Vaccination in Bombay 1889-1901 - 1889-1901
Year: 1889
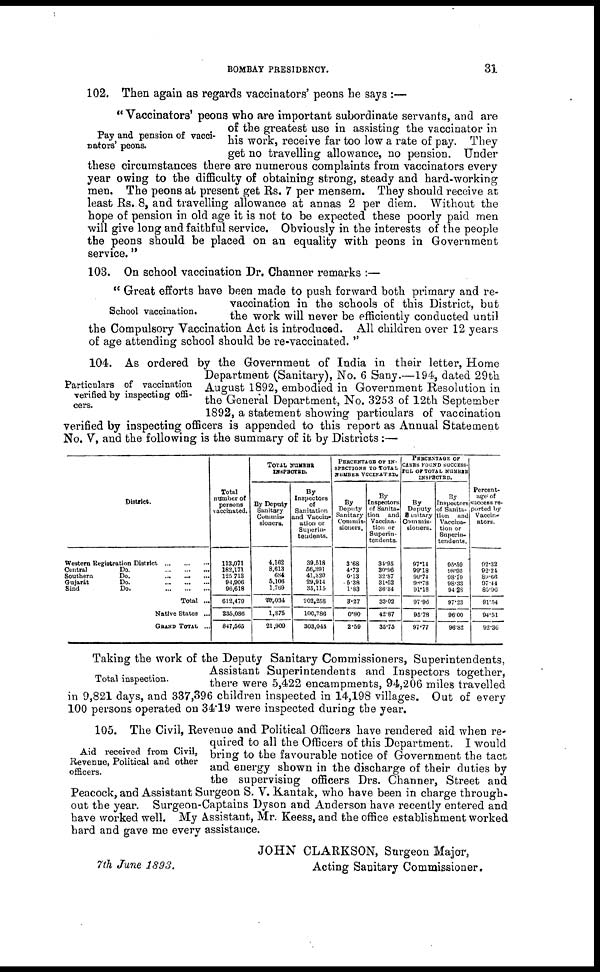
BOMBAY PRESIDENCY.
31
102. Then again as regards vaccinators' peons he says :—
Pay and pension of vacci¬
nators' peons.
"Vaccinators' peons who are important subordinate servants, and are
of the greatest use in assisting the vaccinator in
his work, receive far too low a rate of pay. They
get no travelling allowance, no pension. Under
these circumstances there are numerous complaints from vaccinators every
year owing to the difficulty of obtaining strong, steady and hard-working
men. The peons at present get Rs. 7 per mensem. They should receive at
least Rs. 8, and travelling allowance at annas 2 per diem. Without the
hope of pension in old age it is not to be expected these poorly paid men
will give long and faithful service. Obviously in the interests of the people
the peons should be placed on an equality with peons in Government
service."
103. On school vaccination Dr. Channer remarks :—
School vaccination.
" Great efforts have been made to push forward both primary and re-
vaccination in the schools of this District, but
the work will never be efficiently conducted until
the Compulsory Vaccination Act is introduced. All children over 12 years
of age attending school should be re-vaccinated. "
Particulars of vaccination
verified by inspecting offi-
cers.
104. As ordered by the Government of India in their letter, Home
Department (Sanitary), No. 6 Sany.—194, dated 29th
August 1892, embodied in Government Resolution in
the General Department, No. 3253 of 12th September
1892, a statement showing particulars of vaccination
verified by inspecting officers is appended to this report as Annual Statement
No. V, and the following is the summary of it by Districts:—
District.
Western Registration District ... ... ...
Central
Do.
...
...
...
Southern
Do.
...
...
...
Gujarát
Do.
...
...
...
Sind
Do.
...
...
...
Total ...
Native States ...
GRAND TOTAL ...
Total
number of
persons
vaccinated.
113,071
182,171
125,713
94,906
96,618
612,479
235,086
847,565
TOTAL NUMBER
INSPECTED.
By Deputy
Sanitary
Commis-
sioners.
4,162
8,613
684
5,106
1,769
20,034
1,875
21,909
By
Inspectors
of
Sanitation
and Vaccin-
ation or
Superin-
tendents.
39,518
56,391
41,320
29,914
35,115
202,258
100,786
303,044
PERCENTAGE OF IN-
SPECTIONS TO TOTAL
NUMBER VCCINATED.
By
Deputy
Sanitary
Commis-
sioners.
3.68
4.73
0.13
5.38
1.83
3.27
0.80
2.59
By
Inspectors
of Sanita-
tion
and
Vaccina-
tion or
Superin-
tendents.
34.95
30.96
32.87
31.52
36.34
33.02
42.87
35.75
PERCENTAGE OF
CASES FOUND SUCCESS-
FUL OF TOTAL NUMBER
INSPECTED.
By
Deputy
Sanitary
Commis-
sioners.
97.14
99.18
99.74
98.78
91.18
97.96
95.78
97.77
By
Inspectors
of Sanita-
tion
and
Vaccina-
tion or
Superin-
tendents.
95.59
98.93
98.19
98.33
94.28
97.23
96.00
96.82
Percent-
age of
success re-
ported by
Vaccin-
ators.
92.32
92.24
89.66
97.44
85.96
91.54
94.51
92.36
Total inspection.
Taking the work of the Deputy Sanitary Commissioners, Superintendents,
Assistant Superintendents and Inspectors together,
there were 5,422 encampments, 94,206 miles travelled
in 9,821 days, and 337,396 children inspected in 14,198 villages. Out of every
100 persons operated on 34.19 were inspected during the year.
Aid received from Civil,
Revenue, Political and other
officers.
105. The Civil, Revenue and Political Officers have rendered aid when re-
quired to all the Officers of this Department. I would
bring to the favourable notice of Government the tact
and energy shown in the discharge of their duties by
the supervising officers Drs. Channer, Street and
Peacock, and Assistant Surgeon S. V. Kantak, who have been in charge through-
out the year. Surgeon-Captains Dyson and Anderson have recently entered and
have worked well. My Assistant, Mr. Keess, and the office establishment worked
hard and gave me every assistance.
JOHN CLARKSON, Surgeon Major,
Acting Sanitary Commissioner.
7th June 1893.